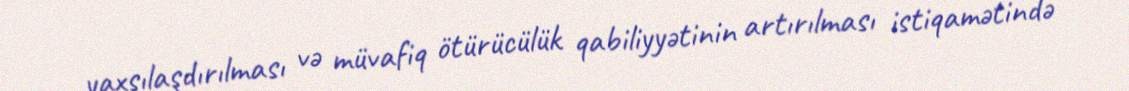
yaxşılaşdırılması və müvafiq ötürücülük qabiliyyətinin artırılması istiqamətində